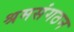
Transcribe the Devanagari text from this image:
श्रमसंगठन